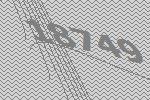
18749